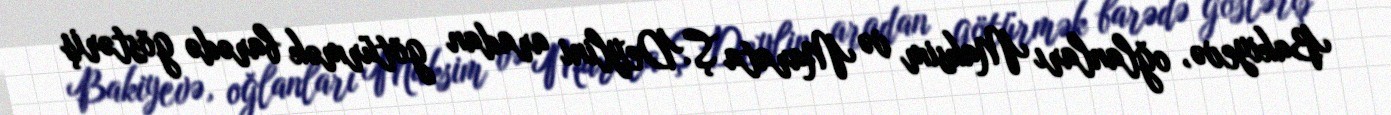
Bakiyevə, oğlanları Maksim və Marata Ş.Deylini aradan götürmək barədə göstəriş